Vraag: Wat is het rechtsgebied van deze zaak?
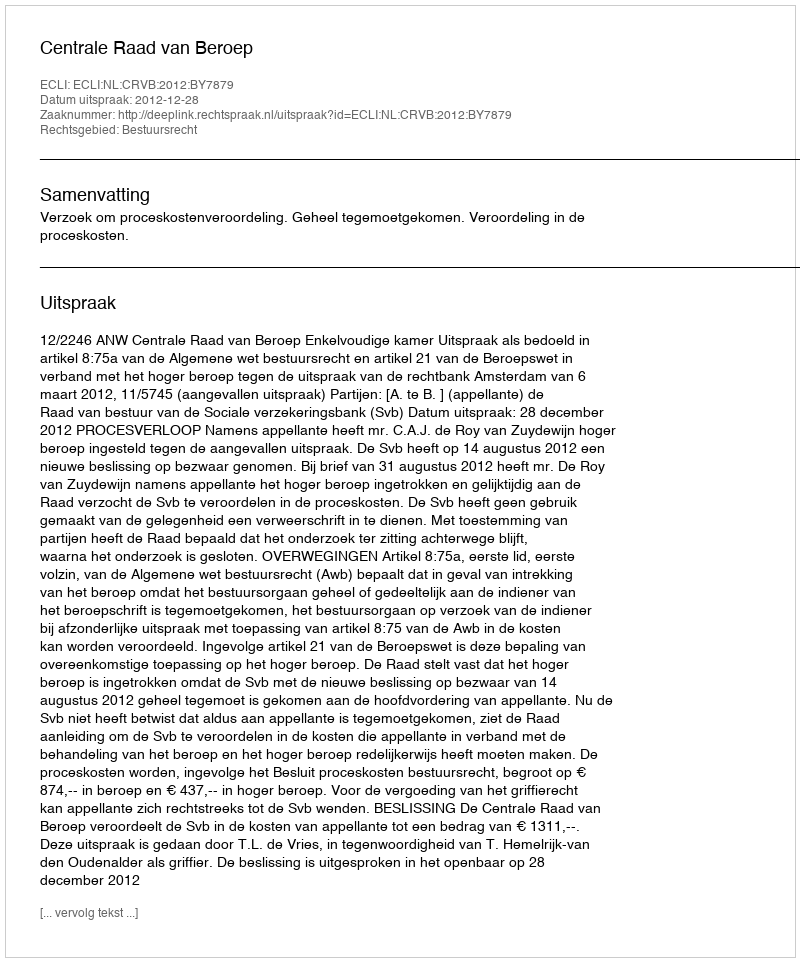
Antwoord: Bestuursrecht